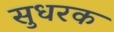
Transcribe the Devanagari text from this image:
सुधरक